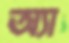
অ্যা